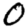
Digit: 0